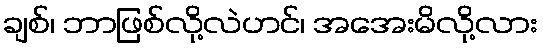
ချစ်၊ ဘာဖြစ်လို့လဲဟင်၊ အအေးမိလို့လား